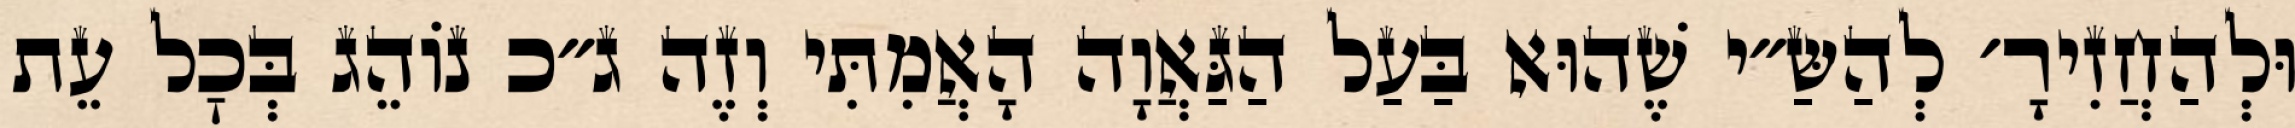
וּלְהַחֲזִירָ׳ לְהַשַּ״י שֶׁהוּא בַּעַל הַגַּאֲוָה הָאֲמִתִּי וְזֶה ג״כ נוֹהֵג בְּכׇל עֵת